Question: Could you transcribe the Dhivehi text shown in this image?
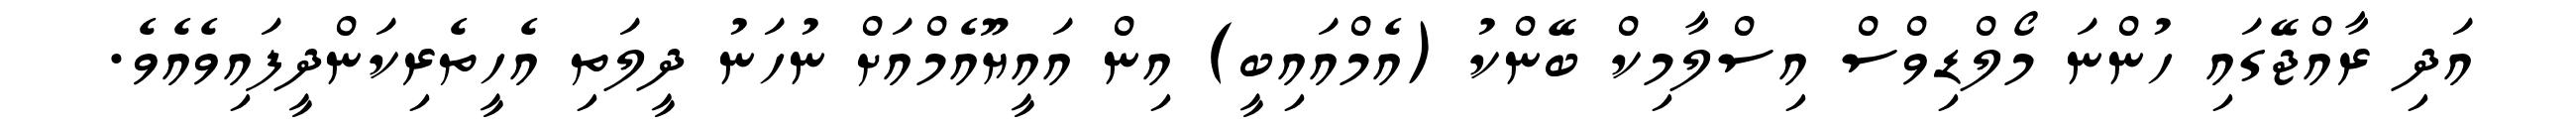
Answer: އަދި ރާއްޖޭގައި ހުންނަ މޯލްޑިވްސް އިސްލާމިކް ބޭންކު (އެމްއައިބީ) އިން އައީޔޫއެމްއަށް ނުހަނު ދީލަތި އެހީތެރިކަންދީފައިވެއެވެ.